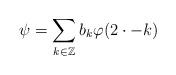
LaTeX: \begin{align*}\psi = \sum_{k \in \mathbb{Z}} b_{k} \varphi ( 2 \cdot - k )\end{align*}